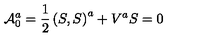
{ \cal A } _ { 0 } ^ { a } = \frac 1 2 \left( S , S \right) ^ { a } + V ^ { a } S = 0